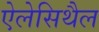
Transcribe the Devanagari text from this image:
ऐलेसिथैल